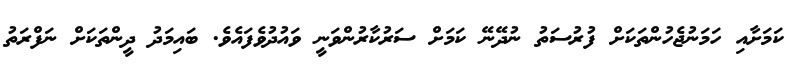
ކަމަށާއި ހަމަނުޖެހުންތަކަށް ފުރުސަތު ނުދޭނޭ ކަމަށް ސަރުކާރުންވަނީ ވައުދުވެފައެވެ. ބައިމަދު ދީންތަކަށް ނަފްރަތު